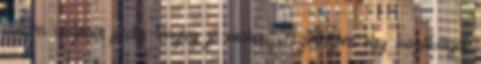
voltam utoljára pedig tényleg jó móka. Azthiszem egy bozótvágót